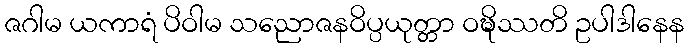
ဇဂါမ ယကာရံ ပိဝါမ သညောဇနဝိပ္ပယုတ္တာ ဝဍ္ဎိဿတိ ဥပါဒါနေန